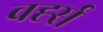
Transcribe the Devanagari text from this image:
वर्ह्स